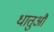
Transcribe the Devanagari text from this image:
धातुऔं